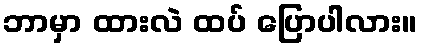
ဘာမှာ ထားလဲ ထပ် ပြောပါလား။